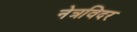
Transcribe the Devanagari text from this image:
नेत्रविदर